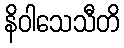
နိဝါသေသီတိ